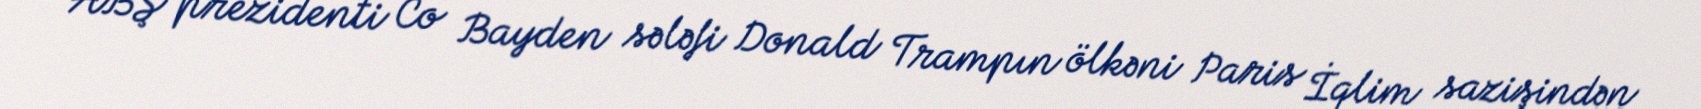
ABŞ prezidenti Co Bayden sələfi Donald Trampın ölkəni Paris İqlim sazişindən